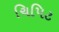
ચિપિટ